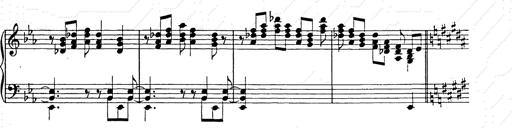
Title: Ballade No.2
Composer: Jan Skrzydlewski
Key: B minor